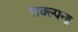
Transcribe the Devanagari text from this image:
सक्ल्पना